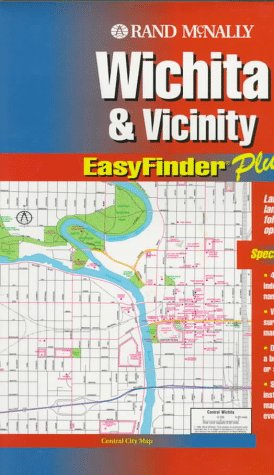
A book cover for Wichita (EasyFinder); Rand McNally and Company; Travel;